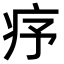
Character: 𤵈